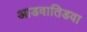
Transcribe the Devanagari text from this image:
आडवातिडवा